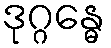
ဒုဂ္ဂန္ဓေ